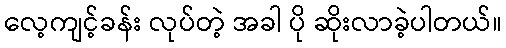
လေ့ကျင့်ခန်း လုပ်တဲ့ အခါ ပို ဆိုးလာခဲ့ပါတယ်။